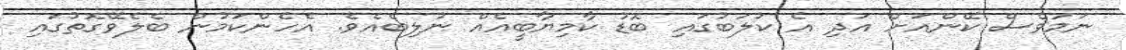
ނަމަވެސް ކޭންއަށް އަދި އެ ކުލަބުގައި ބޮޑު ކާމިޔާބީއެއް ނުލިބެއެވެ. އެހެންކަމުން ބެލެވޭގޮތުގައި